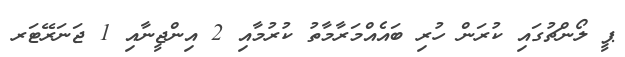
ޕީ ލޯންޗުގައި ކުރަން ހުރި ބައެއްމަރާމާތު ކުރުމާއި 2 އިންޖީނާއި 1 ޖަނަރޭޓަރ